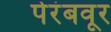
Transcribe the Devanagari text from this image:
पेरंबवूर